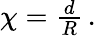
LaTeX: \begin{array}{r}{\chi=\frac{d}{R}\, .}\end{array}